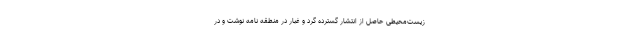
زیست‌محیطی حاصل از انتشار گسترده گرد و غبار در منطقه نامه نوشت و در